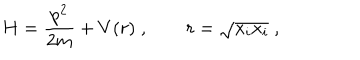
H = \frac { p ^ { 2 } } { 2 m } + V ( r ) \; , \qquad r = \sqrt { x _ { i } x _ { i } } \; ,